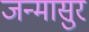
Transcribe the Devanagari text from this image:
जन्मासुर